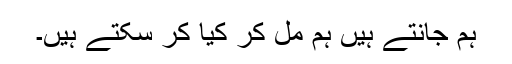
ہم جانتے ہیں ہم مل کر کیا کر سکتے ہیں۔